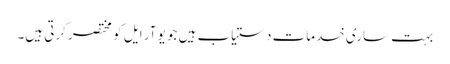
بہت ساری خدمات دستیاب ہیں جو یو آر ایل کو مختصر کرتی ہیں۔